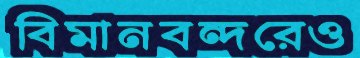
বিমানবন্দরেও